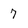
Character: 7